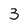
Character: 3